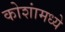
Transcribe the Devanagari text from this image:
कोशांमध्ये